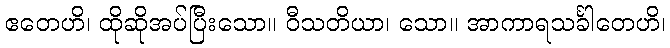
ဧတေဟိ၊ ထိုဆိုအပ်ပြီးသော။ ဝီသတိယာ၊ သော။ အာကာရသင်္ခါတေဟိ၊